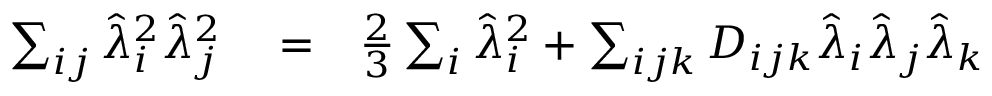
\begin{array} { r l r } { \sum _ { i j } \hat { \lambda } _ { i } ^ { 2 } \hat { \lambda } _ { j } ^ { 2 } } & { { } = } & { \frac { 2 } { 3 } \sum _ { i } \hat { \lambda } _ { i } ^ { 2 } + \sum _ { i j k } D _ { i j k } \hat { \lambda } _ { i } \hat { \lambda } _ { j } \hat { \lambda } _ { k } } \end{array}